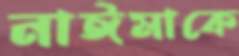
নাঈমাকে